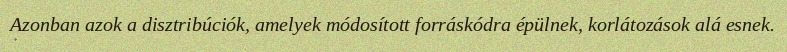
Azonban azok a disztribúciók, amelyek módosított forráskódra épülnek, korlátozások alá esnek.